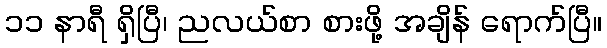
၁၁ နာရီ ရှိပြီ၊ ညလယ်စာ စားဖို့ အချိန် ရောက်ပြီ။